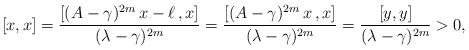
LaTeX: \begin{align*}[x,x]&= \frac{\left[ (A - \gamma)^{2m}\,x - \ell\,,x \right]}{(\lambda - \gamma)^{2m}} = \frac{\left[(A - \gamma)^{2m}\,x\,,x \right]}{(\lambda - \gamma)^{2m}} = \frac{[y,y]}{(\lambda - \gamma)^{2m}} > 0,\end{align*}